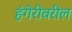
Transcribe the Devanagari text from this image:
हंगेरीवरील